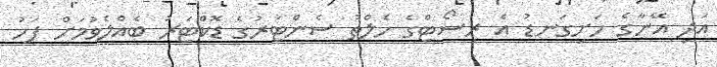
އަދި އޭނާގެ ހަށިގަނޑު އެ ރިސޯޓްގެ ހެލްތު ސެންޓަރުގެ ޑޮކްޓަރު ބެއްލެވުމަށް ފަހު